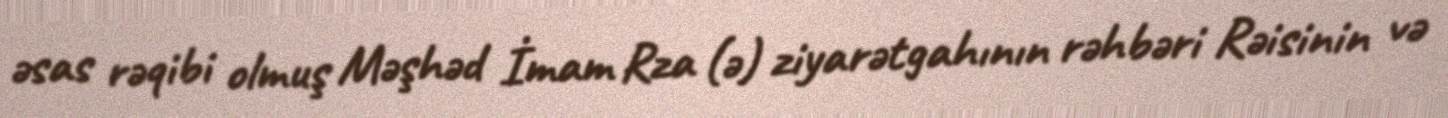
əsas rəqibi olmuş Məşhəd İmam Rza (ə) ziyarətgahının rəhbəri Rəisinin və